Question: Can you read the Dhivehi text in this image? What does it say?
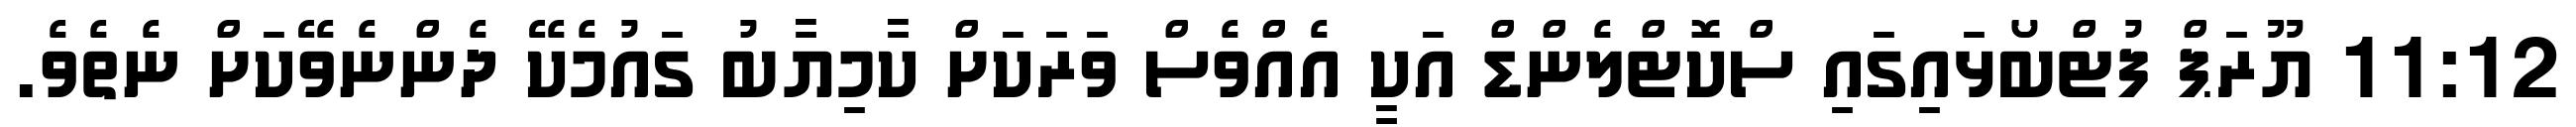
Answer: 11:12 ޔޫރަޕް ފުޓްބޯޅައިގައި ސްކޮޓްލެންޑް އަކީ އެއްވެސް ވަރަކަށް ކާމިޔާބު ގައުމެކޭ ދެންނެވޭކަށް ނެތެވެ.